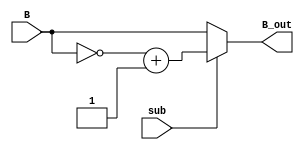
module neg (B, sub, B_out);
	
	input sub;
	input [31:0] B;
	wire [31:0] B_neg;
	output reg [31:0] B_out;
	
	assign B_neg = ~B+1;
	
	always @ (sub)
	begin
	
	B_out = sub? B_neg : B;
	
	end
	
endmodule